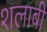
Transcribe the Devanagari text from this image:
शलाबी